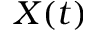
X ( t )